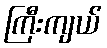
ကြီးကျယ်